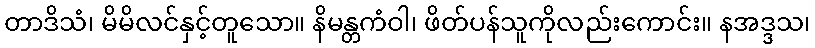
တာဒိသံ၊ မိမိလင်နှင့်တူသော။ နိမန္တကံဝါ၊ ဖိတ်ပန်သူကိုလည်းကောင်း။ နအဒ္ဒသ၊